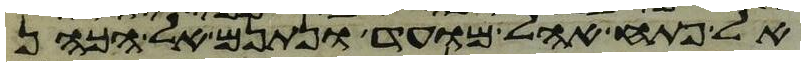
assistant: אל פתח אהל מועד ונתנם אל הכהן